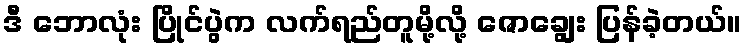
ဒီ ဘောလုံး ပြိုင်ပွဲက လက်ရည်တူမို့လို့ ဇောချွေး ပြန်ခဲ့တယ်။